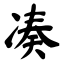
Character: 凑